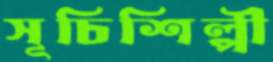
সূচিশিল্পী